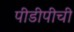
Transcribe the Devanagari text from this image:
पीडीपीची